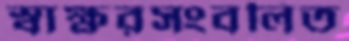
স্বাক্ষরসংবলিত